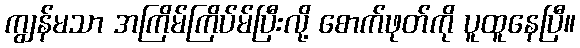
ကျွန်မသာ အကြိမ်ကြိပ်မ်ပြီးလို့ စောက်ဖုတ်ကို ပူထူနေပြီ။